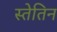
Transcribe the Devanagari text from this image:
स्तेतिन